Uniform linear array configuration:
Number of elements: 4
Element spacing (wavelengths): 1
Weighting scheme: hamming
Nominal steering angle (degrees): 30
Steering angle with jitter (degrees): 28.794
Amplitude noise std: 0.05
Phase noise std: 0.05

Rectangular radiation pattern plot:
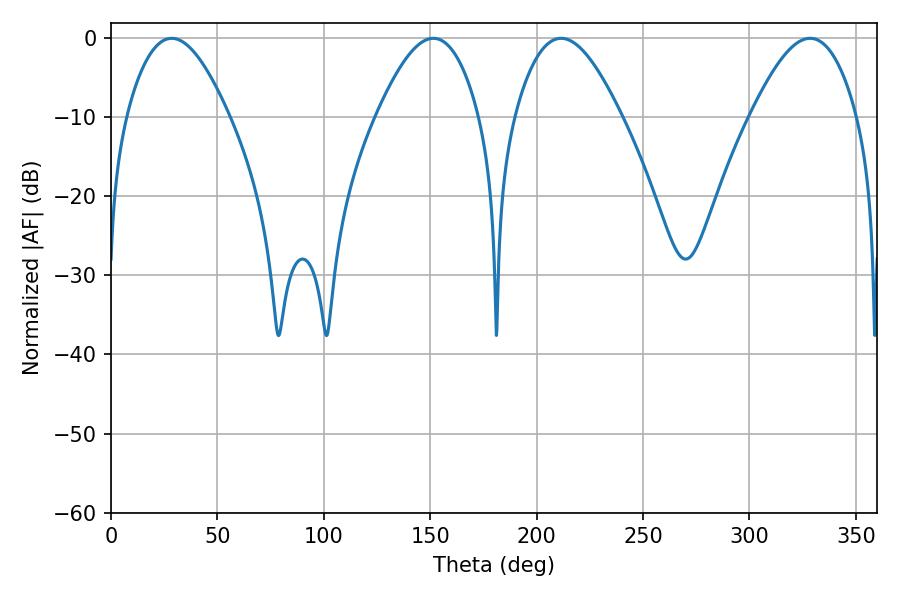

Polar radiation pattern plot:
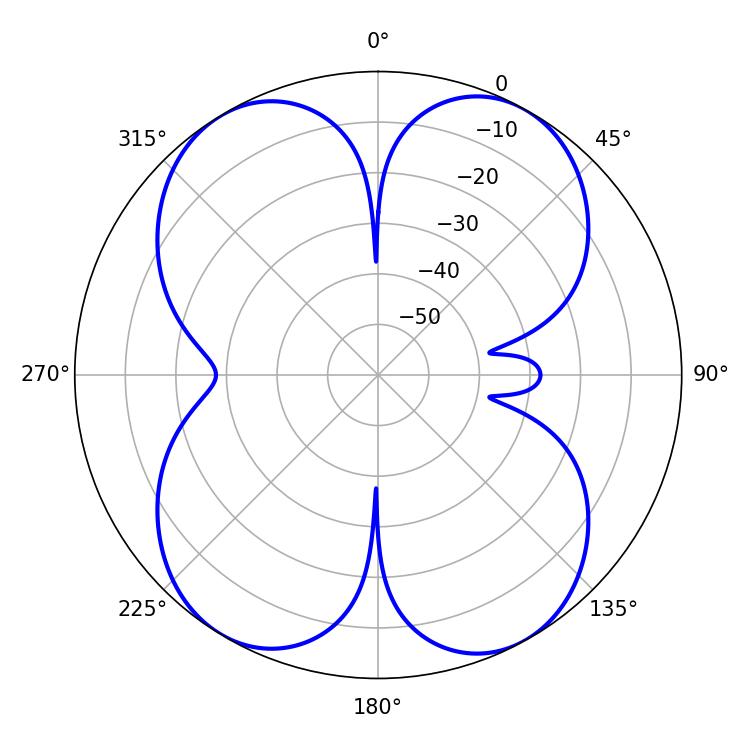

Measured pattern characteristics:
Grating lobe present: TRUE
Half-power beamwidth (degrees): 27.18
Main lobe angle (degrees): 211.5